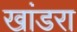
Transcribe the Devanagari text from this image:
खांडरा